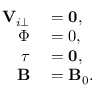
\begin{array} { r l } { { \mathbf V } _ { i \perp } } & { { } = \mathbf { 0 } , } \\ { \Phi } & { { } = { 0 } , } \\ { \boldsymbol { \tau } } & { { } = \mathbf { 0 } , } \\ { \mathbf B } & { { } = \mathbf B _ { 0 } . } \end{array}